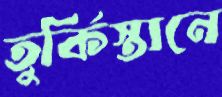
তুর্কিস্তানে